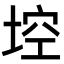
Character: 埪